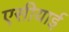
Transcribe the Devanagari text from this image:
एसीयाई